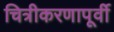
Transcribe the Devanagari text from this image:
चित्रीकरणापूर्वी